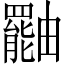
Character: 𤳷